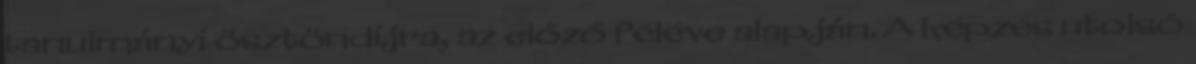
tanulmányi ösztöndíjra, az előző féléve alapján. A képzés utolsó